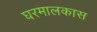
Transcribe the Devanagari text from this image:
घरमालकास